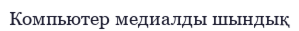
Компьютер медиалды шындық